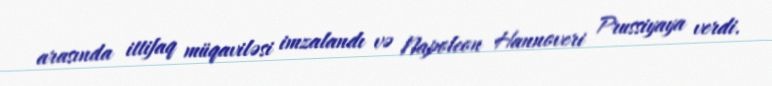
arasında ittifaq müqaviləsi imzalandı və Napoleon Hannoveri Prussiyaya verdi.